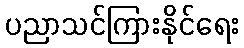
ပညာသင်ကြားနိုင်ရေး